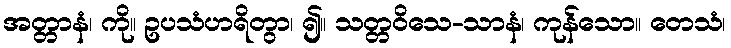
အတ္တာနံ၊ ကို။ ဥပသံဟရိတွာ၊ ၍။ သတ္တဝိသေ-သာနံ၊ ကုန်သော။ တေသံ၊